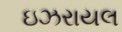
ઇઝરાયલ